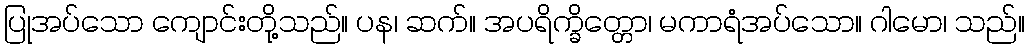
ပြုအပ်သော ကျောင်းတို့သည်။ ပန၊ ဆက်။ အပရိက္ခိတ္တော၊ မကာရံအပ်သော။ ဂါမော၊ သည်။